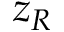
z _ { R }